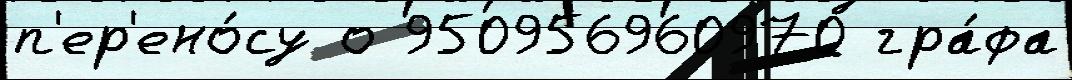
п'ер'ено́су о 950956960970 гра́фа